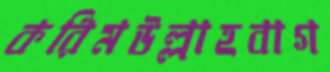
করিমউল্লাহবাগ